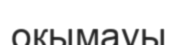
оқымауы